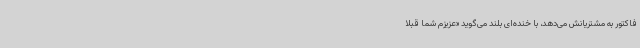
فاکتور به مشتریانش می‌دهد، با خنده‌ای بلند می‌گوید «عزیزم شما قبلاً